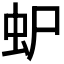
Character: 𮓴